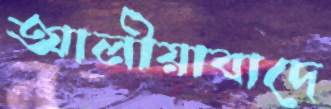
আলীয়াবাদে